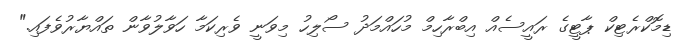
ޑިމޮކްރެޓިކް ޕާޓީގެ ރައީސެއް އިބްރާހިމް މުހައްމަދު ސޯލިހު މިވަނީ ވެރިކަމާ ހަވާލުވާން ތައްޔާރުވެފައި."